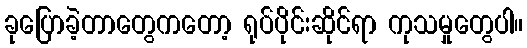
ခုပြောခဲ့တာတွေကတော့ ရုပ်ပိုင်းဆိုင်ရာ ကုသမှုတွေပါ။